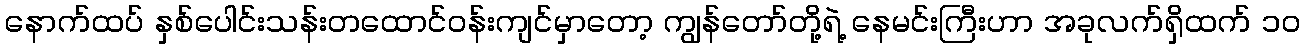
နောက်ထပ် နှစ်ပေါင်းသန်းတထောင်ဝန်းကျင်မှာတော့ ကျွန်တော်တို့ရဲ့ နေမင်းကြီးဟာ အခုလက်ရှိထက် ၁၀